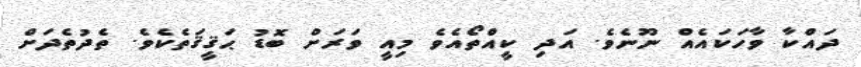
ދައްކާ ވާހަކައެއް ނޫނެވެ. އަދި ކީއްތޯއެވެ މިއީ ވަރަށް ބޮޑު ޙަޤީޤަތެކެވެ. ތެދުތެދަށް